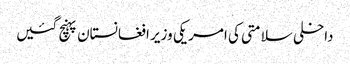
داخلی سلامتی کی امریکی وزیر افغانستان پہنچ گئیں